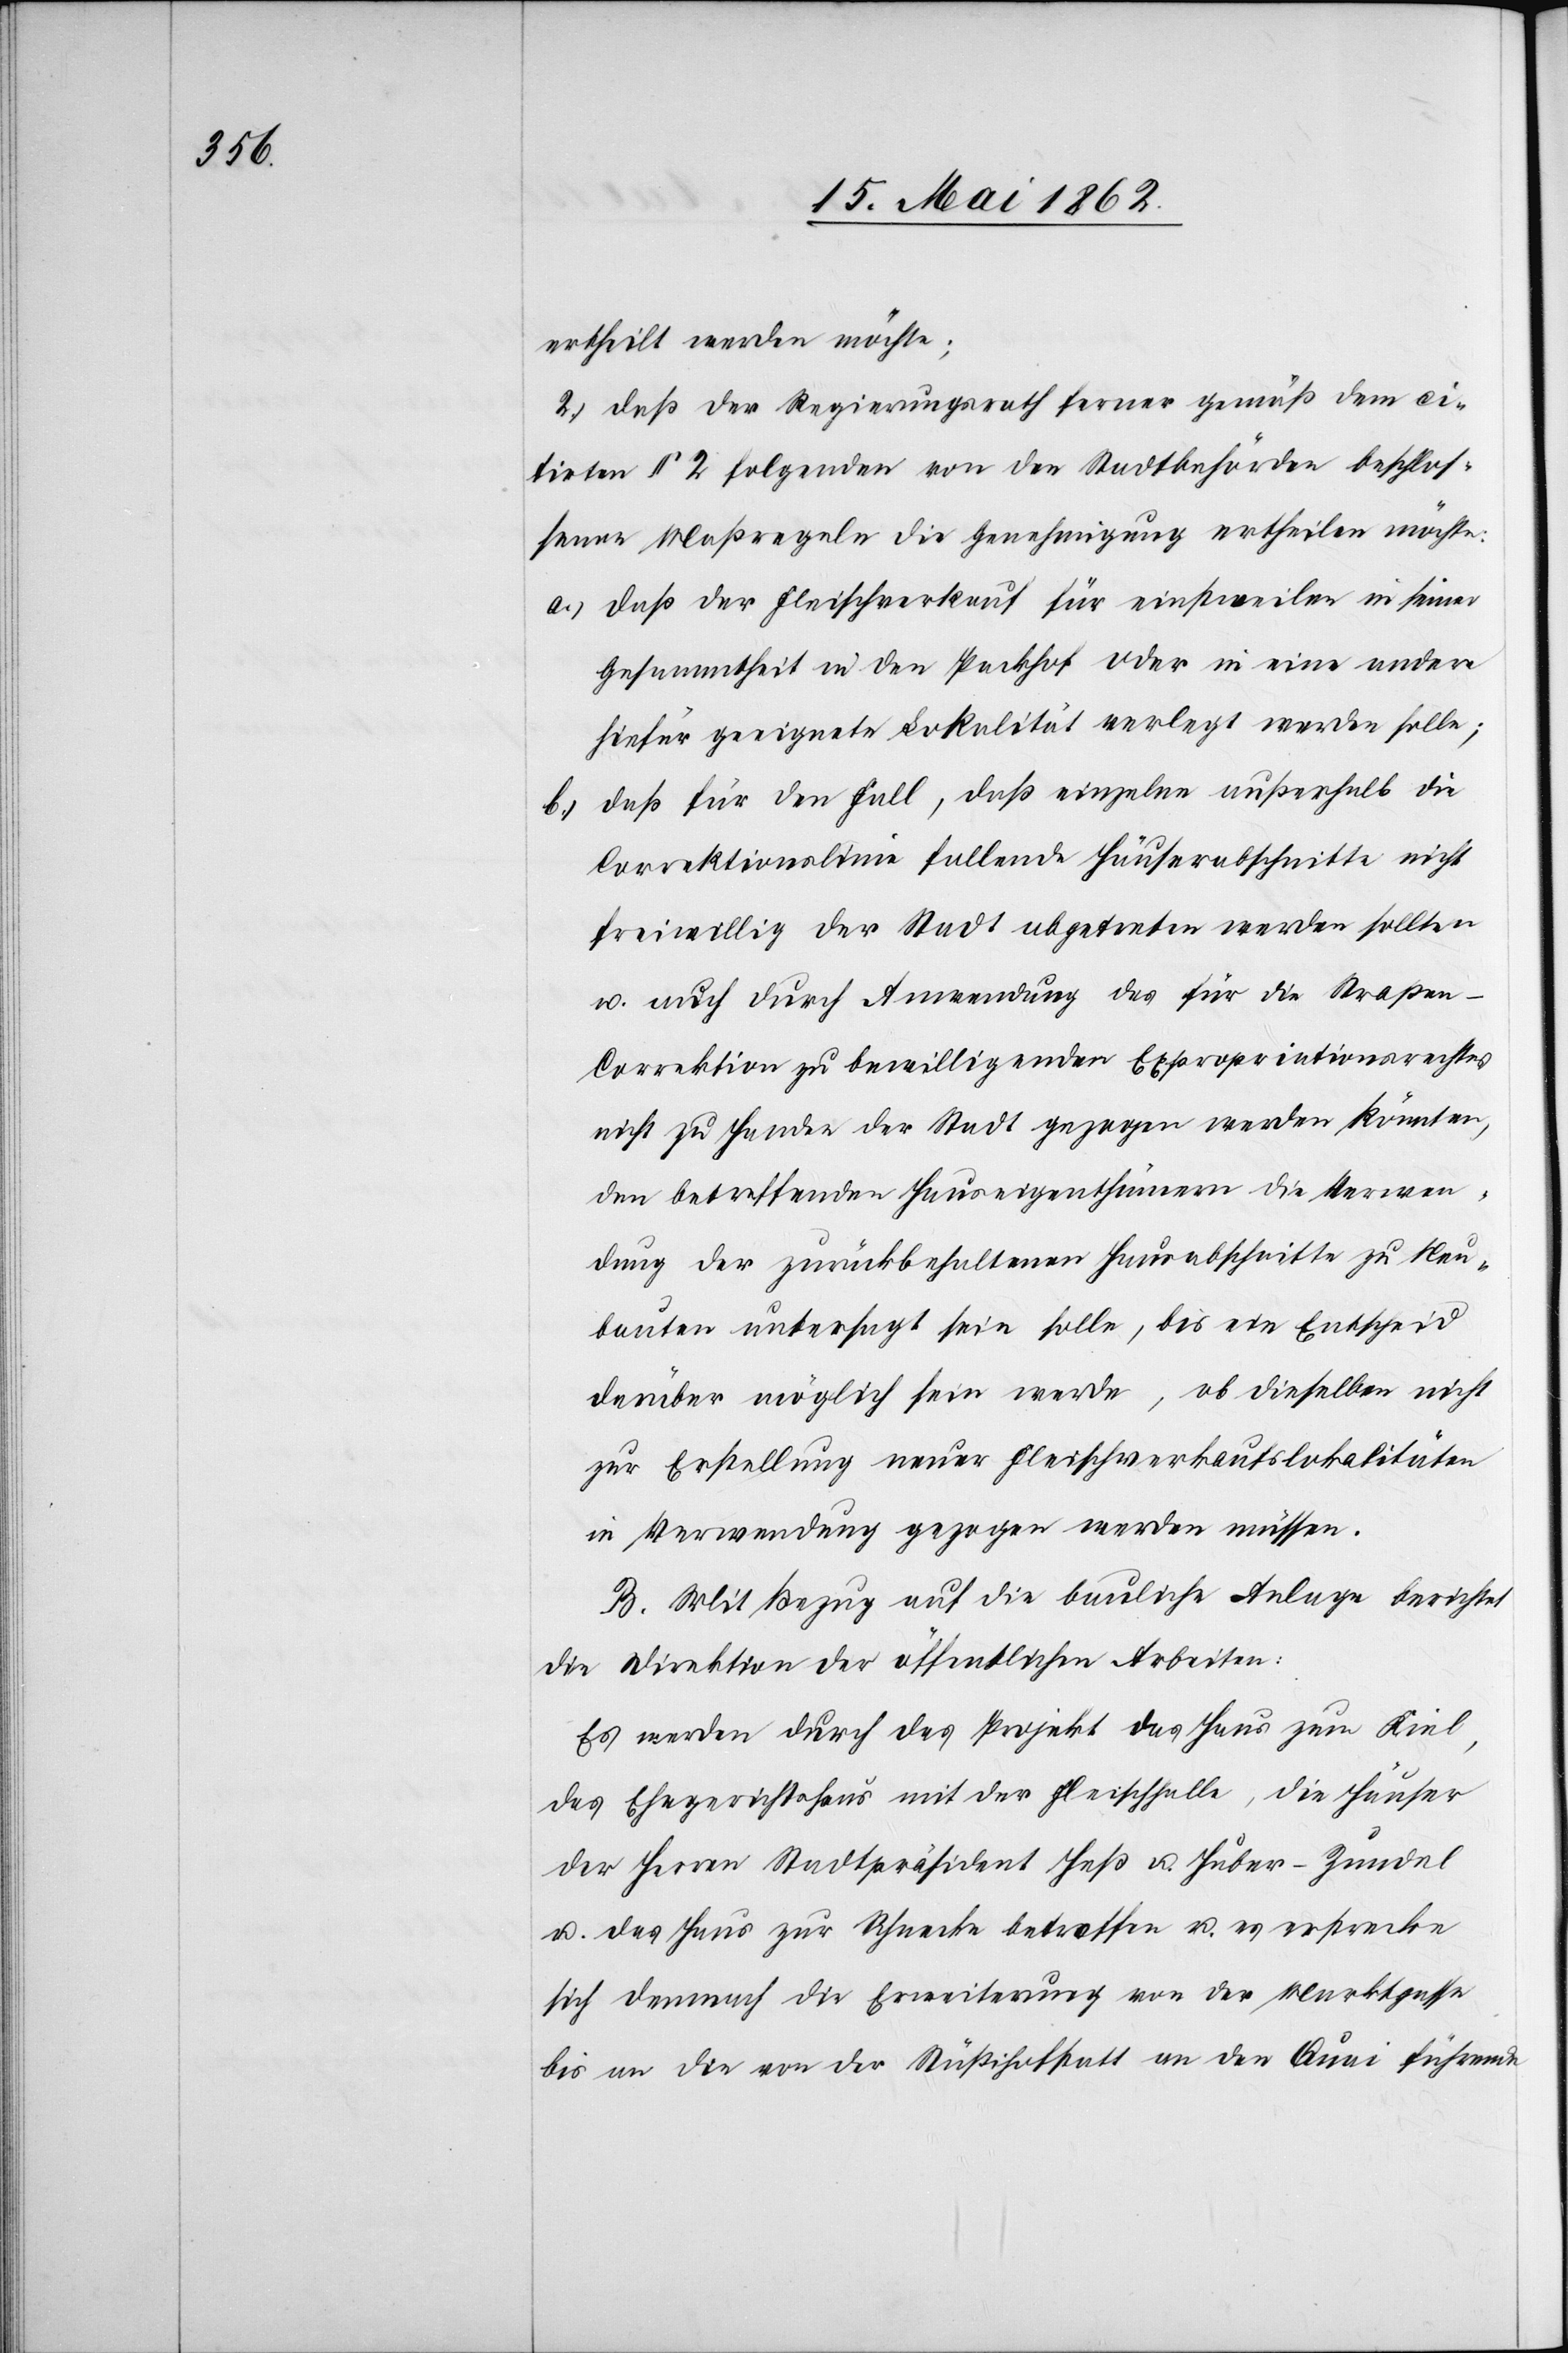
ertheilt werden möchte.
2) daß der Regierungsrath ferner gemäß dem ci¬
tirten § 2 folgenden von den Stadtbehörden beschlos¬
sene Maßregeln die Genehmigung ertheilen möchte:
a) da der Fleischverkauf für einstweilen in seiner
Gesammtheit in den Packhof oder in eine andere
hiefür geeignete Lokalität verlegt werden solle;
b) daß für den Fall, daß einzelne außerhalb die
Correktionslinie fallende Häuserabschnitte nicht
freiwillig der Stadt abgetreten werden sollten
u. auch durch Anwendung des für die Straßen-C¬
orrektion zu bewilligenden Expropriationsrechtes
nicht zu Handen der Stadt gezogen werden könnten,
den betreffenden Hauseigenthümern die Verwen¬
dung der zurückbehaltenen Hausabschnitte zu Neu¬
bauten untersagt sein solle, bis ein Entscheid
darüber möglich sein werde, ob dieselben nicht
zur Erstellung neuer Fleischverkaufslokalitäten
in Verwendung gezogen werden müssen.
B. Mit Bezug auf die bauliche Anlage berichtet
die Direktion der öffentlichen Arbeiten:
Es werden durch das Projekt das Haus zum Kiel,
das Ehegerichtshaus mit der Fleischhalle, die Häuser
der Herren Stadtpräsident Heß u. Huber-Zundel
u. das Haus zur Schnecke betreffen u. es erstrecke
sich demnach die Erweiterung von der Marktgasse
bis an die von der Stüßihofstatt an den Quai führende